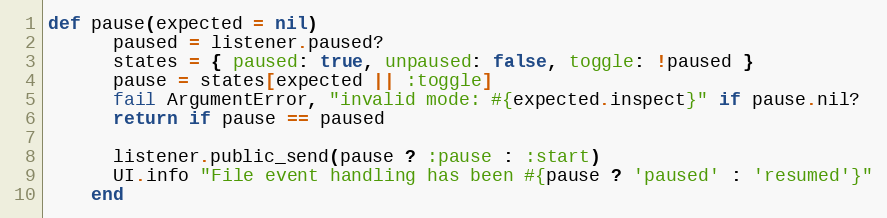
Language: Ruby
def pause(expected = nil)
      paused = listener.paused?
      states = { paused: true, unpaused: false, toggle: !paused }
      pause = states[expected || :toggle]
      fail ArgumentError, "invalid mode: #{expected.inspect}" if pause.nil?
      return if pause == paused

      listener.public_send(pause ? :pause : :start)
      UI.info "File event handling has been #{pause ? 'paused' : 'resumed'}"
    end